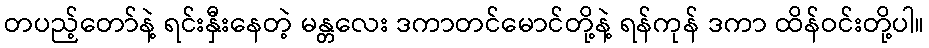
တပည့်တော်နဲ့ ရင်းနှီးနေတဲ့ မန္တလေး ဒကာတင်မောင်တို့နဲ့ ရန်ကုန် ဒကာ ထိန်ဝင်းတို့ပါ။